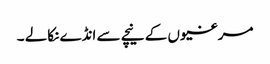
مرغیوں کے نیچے سے انڈے نکالے ۔